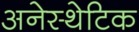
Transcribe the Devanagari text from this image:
अनेस्थेटिक